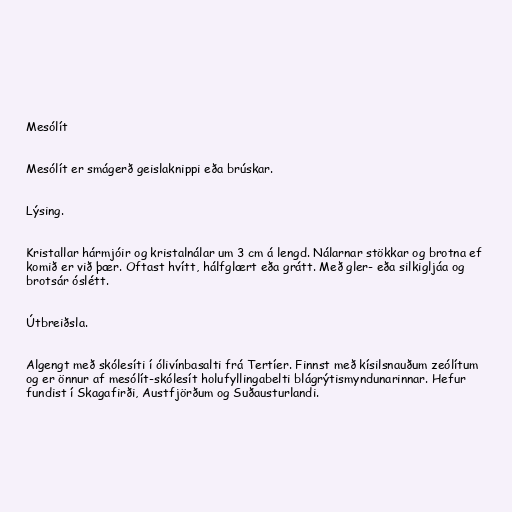
Mesólít

Mesólít er smágerð geislaknippi eða brúskar.

Lýsing.

Kristallar hármjóir og kristalnálar um 3 cm á lengd. Nálarnar stökkar og brotna ef
komið er við þær. Oftast hvítt, hálfglært eða grátt. Með gler- eða silkigljáa og
brotsár óslétt.

Útbreiðsla.

Algengt með skólesíti í ólivínbasalti frá Tertíer. Finnst með kísilsnauðum zeólítum
og er önnur af mesólít-skólesít holufyllingabelti blágrýtismyndunarinnar. Hefur
fundist í Skagafirði, Austfjörðum og Suðausturlandi.